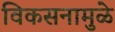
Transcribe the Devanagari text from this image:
विकसनामुळे